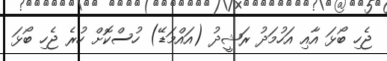
ޖެހި ބޯޅަ އާއި އަހުމަދު ރަޝީދު (އައްމަޑޭ) ހުސްކޮށް ހުރެ ޖެހި ބޯޅަ